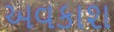
અવકાશ